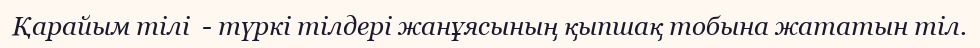
Қарайым тілі  - түркі тілдері жанұясының қыпшақ тобына жататын тіл.